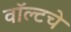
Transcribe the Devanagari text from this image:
वॉल्टचे